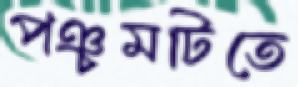
পঞ্চমটিতে